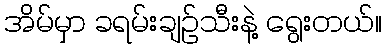
အိမ်မှာ ခရမ်းချဉ်သီးနဲ့ ရွေးတယ်။